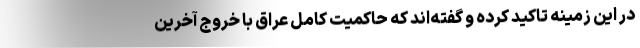
در این زمینه تاکید کرده و گفته‌اند که حاکمیت کامل عراق با خروج آخرین